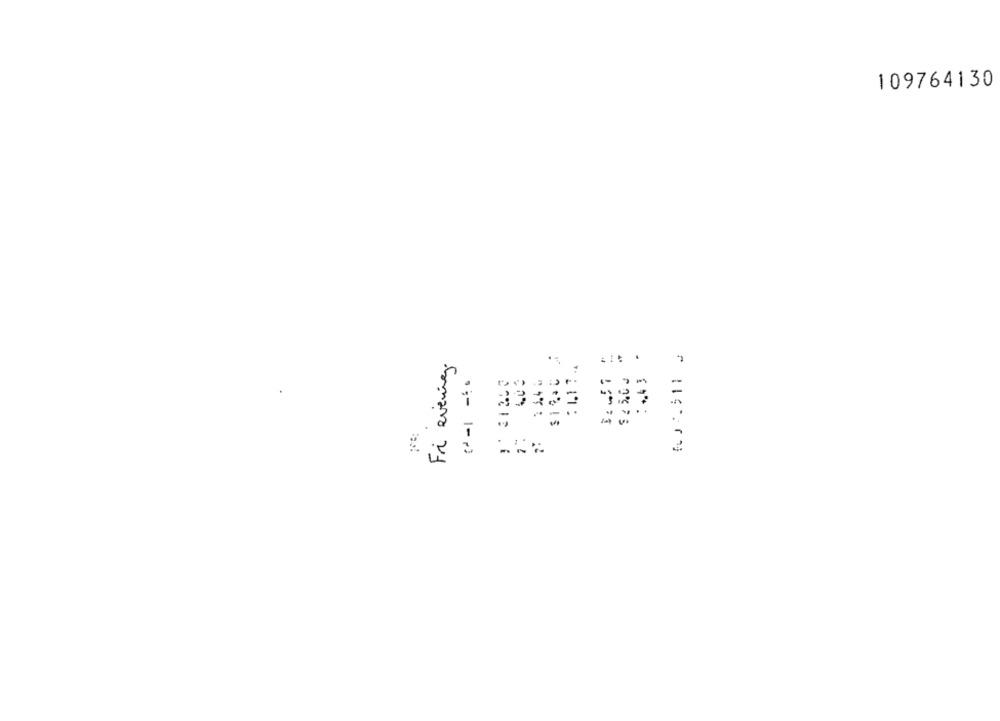
109764130
Fri evening.
.
7
$ 2 5.0 .